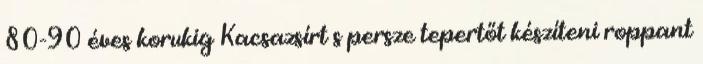
80-90 éves korukig Kacsazsírt s persze tepertőt készíteni roppant